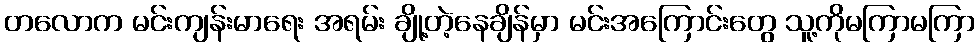
တလောက မင်းကျန်းမာရေး အရမ်း ချို့တဲ့နေချိန်မှာ မင်းအကြောင်းတွေ သူ့ကိုမကြာမကြာ